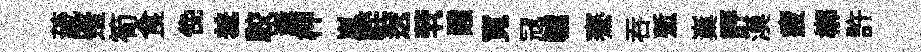
薉蹙筍食俛羞駮嶪柙嵐䡖送茕醱寬冦轤騫吞慙嶪評漠疲槨許